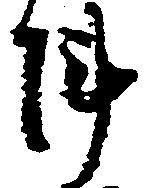
陣